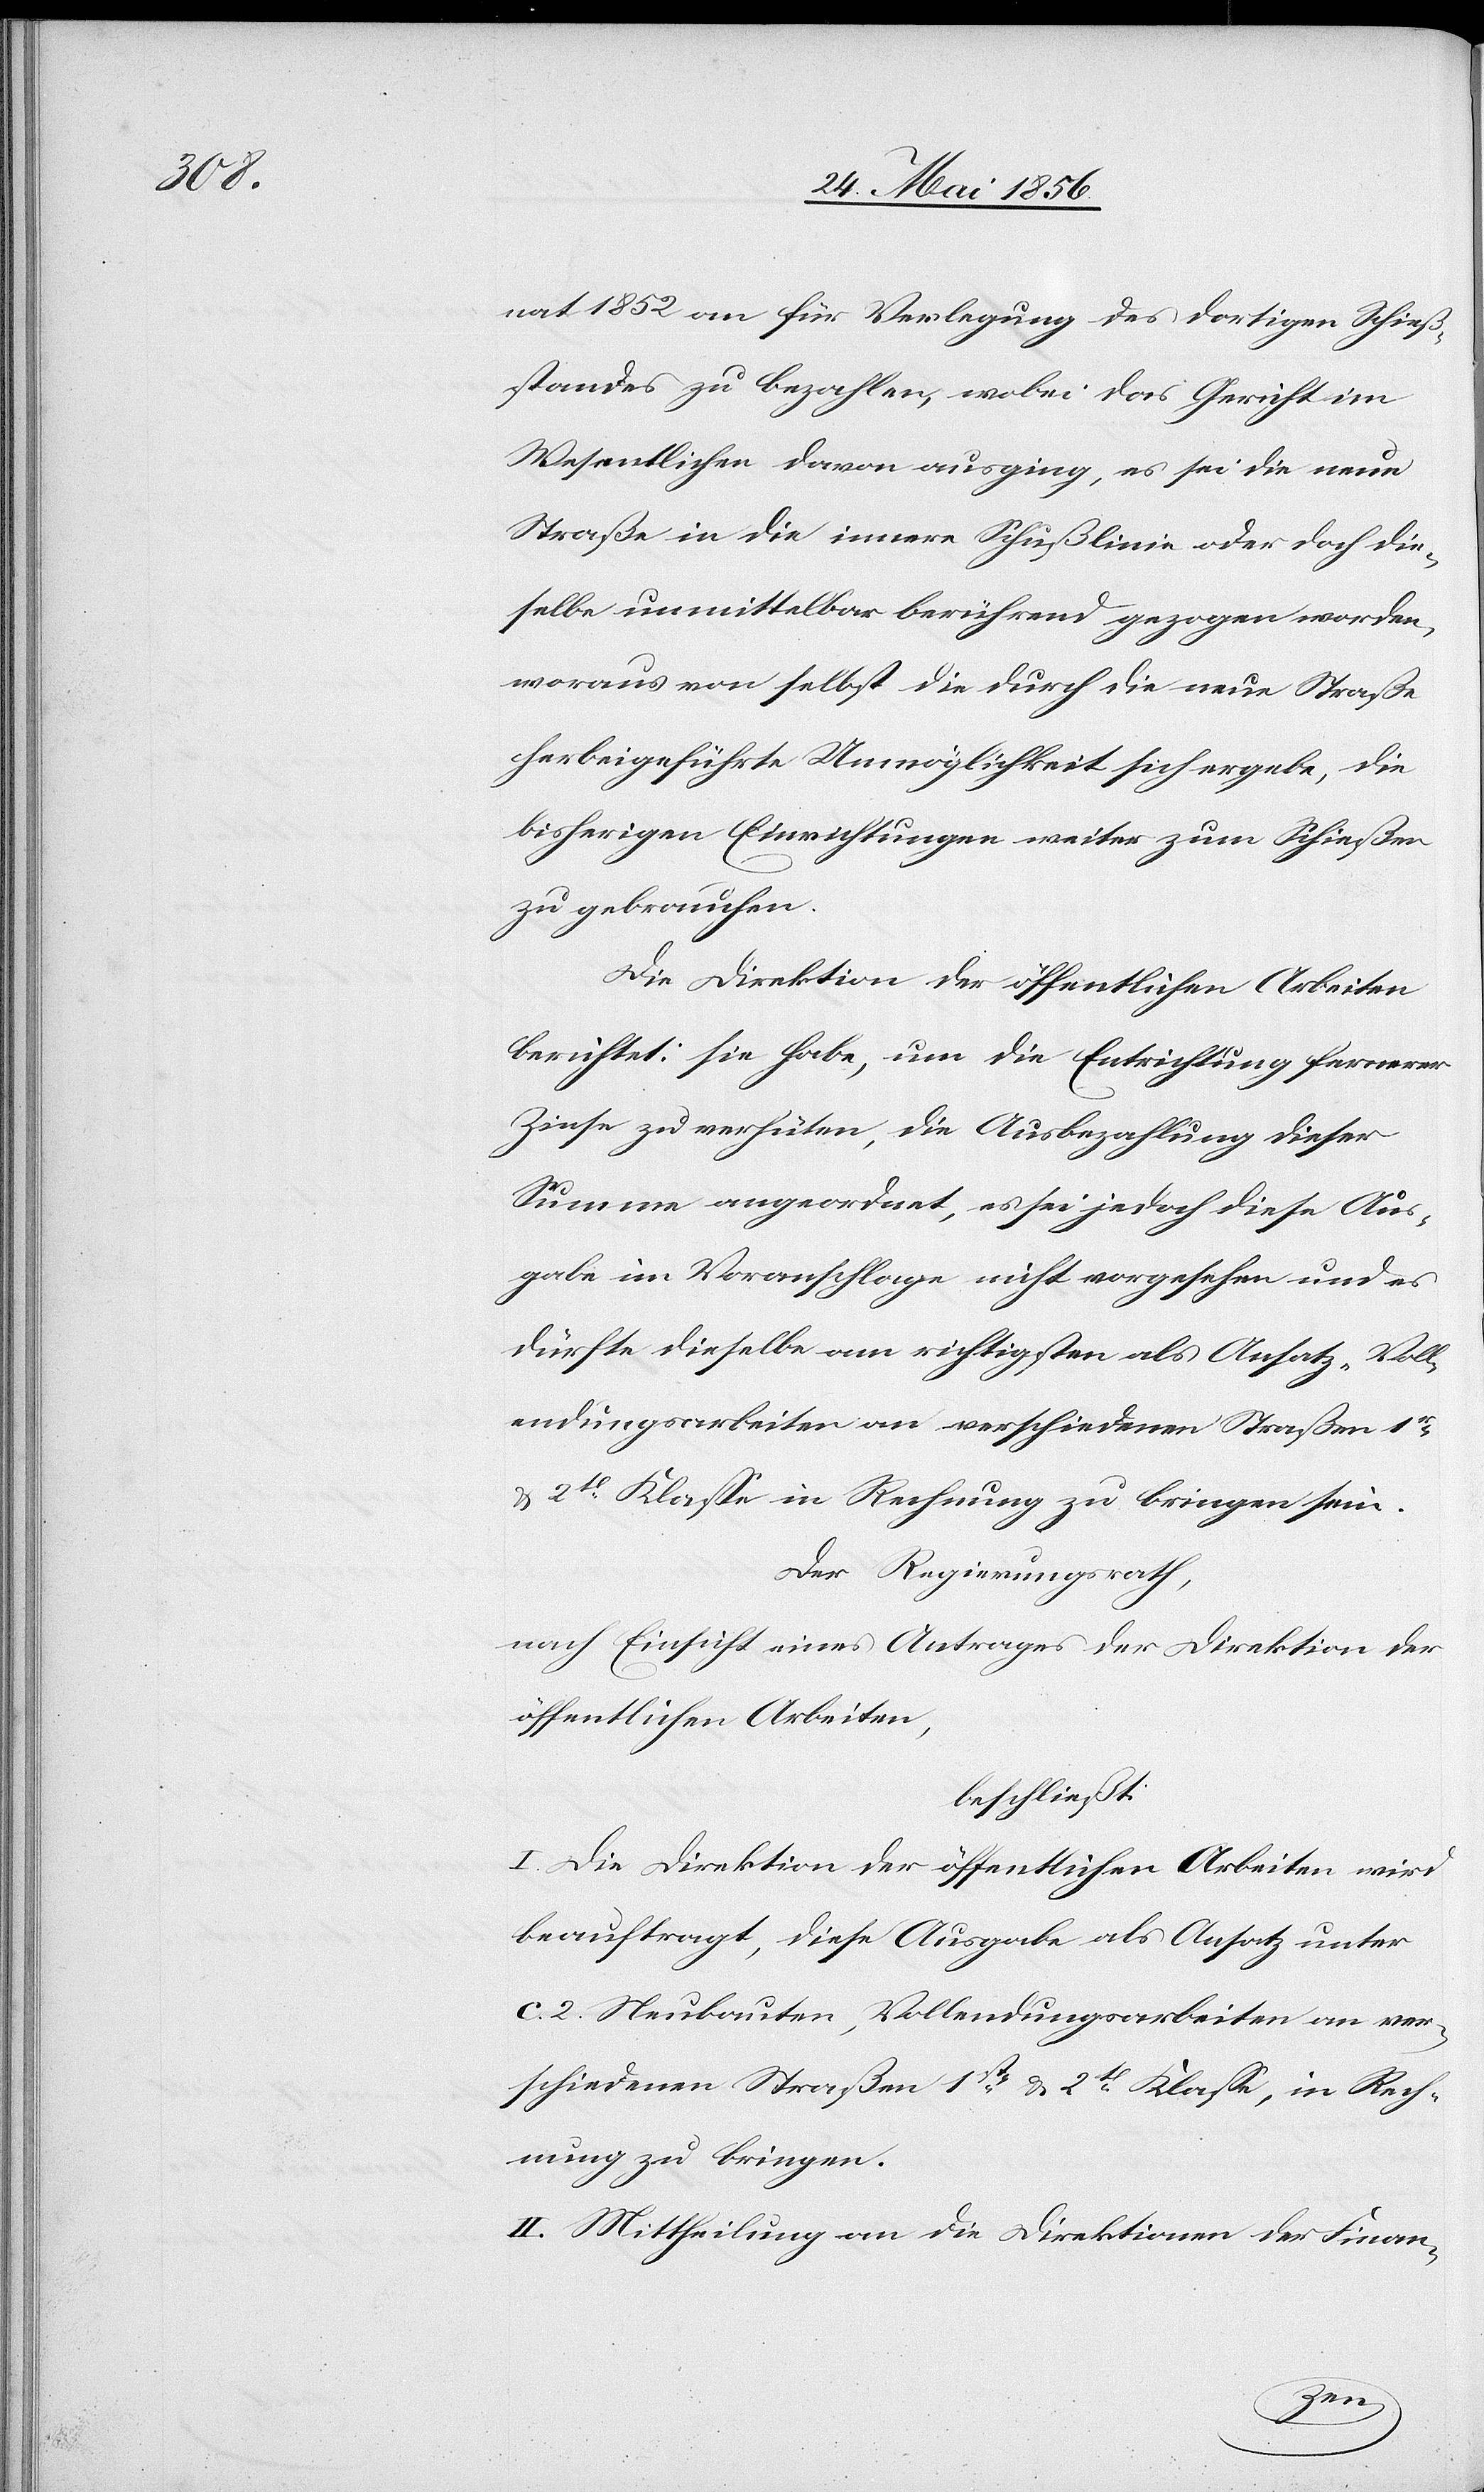
nat 1852 an für Verlegung des dortigen Schieß¬
standes zu bezahlen, wobei das Gericht im
Wesentlichen davon ausging, es sei die neue
Straße in die innere Schußlinie oder doch die¬
selbe unmittelbar berührend gezogen worden,
woraus von selbst die durch die neue Straße
herbeigeführte Unmöglichkeit sich ergebe, die
bisherigen Einrichtungen weiter zum Schießen
zu gebrauchen.
Die Direktion der öffentlichen Arbeiten
berichtet: sie habe, um die Entrichtung fernerer
Zinse zu verhüten, die Ausbezahlung dieser
Summe angeordnet, es sei jedoch diese Aus¬
gabe im Voranschlage nicht vorgesehen und es
dürfte dieselbe am richtigsten als Ansatz „Voll¬
endungsarbeiten an verschiedenen Straßen 1r-
& 2t Klasse in Rechnung zu bringen sein.
Der Regierungsrath,
nach Einsicht eines Antrages der Direktion der
öffentlichen Arbeiten,
beschließt:
I. Die Direktion der öffentlichen Arbeiten wird
beauftragt, diese Ausgabe als Ansatz unter
c. 2. Neubauten, Vollendungsarbeiten an ver¬
schiedenen Straßen 1st- & 2t Klasse, in Rech¬
nung zu bringen.
II. Mittheilung an die Direktionen der Finan-